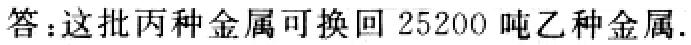
答：这批丙种金属可换回 25200 吨乙种金属.